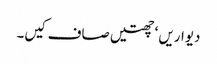
دیواریں ‘ چھتیں صاف کیں۔